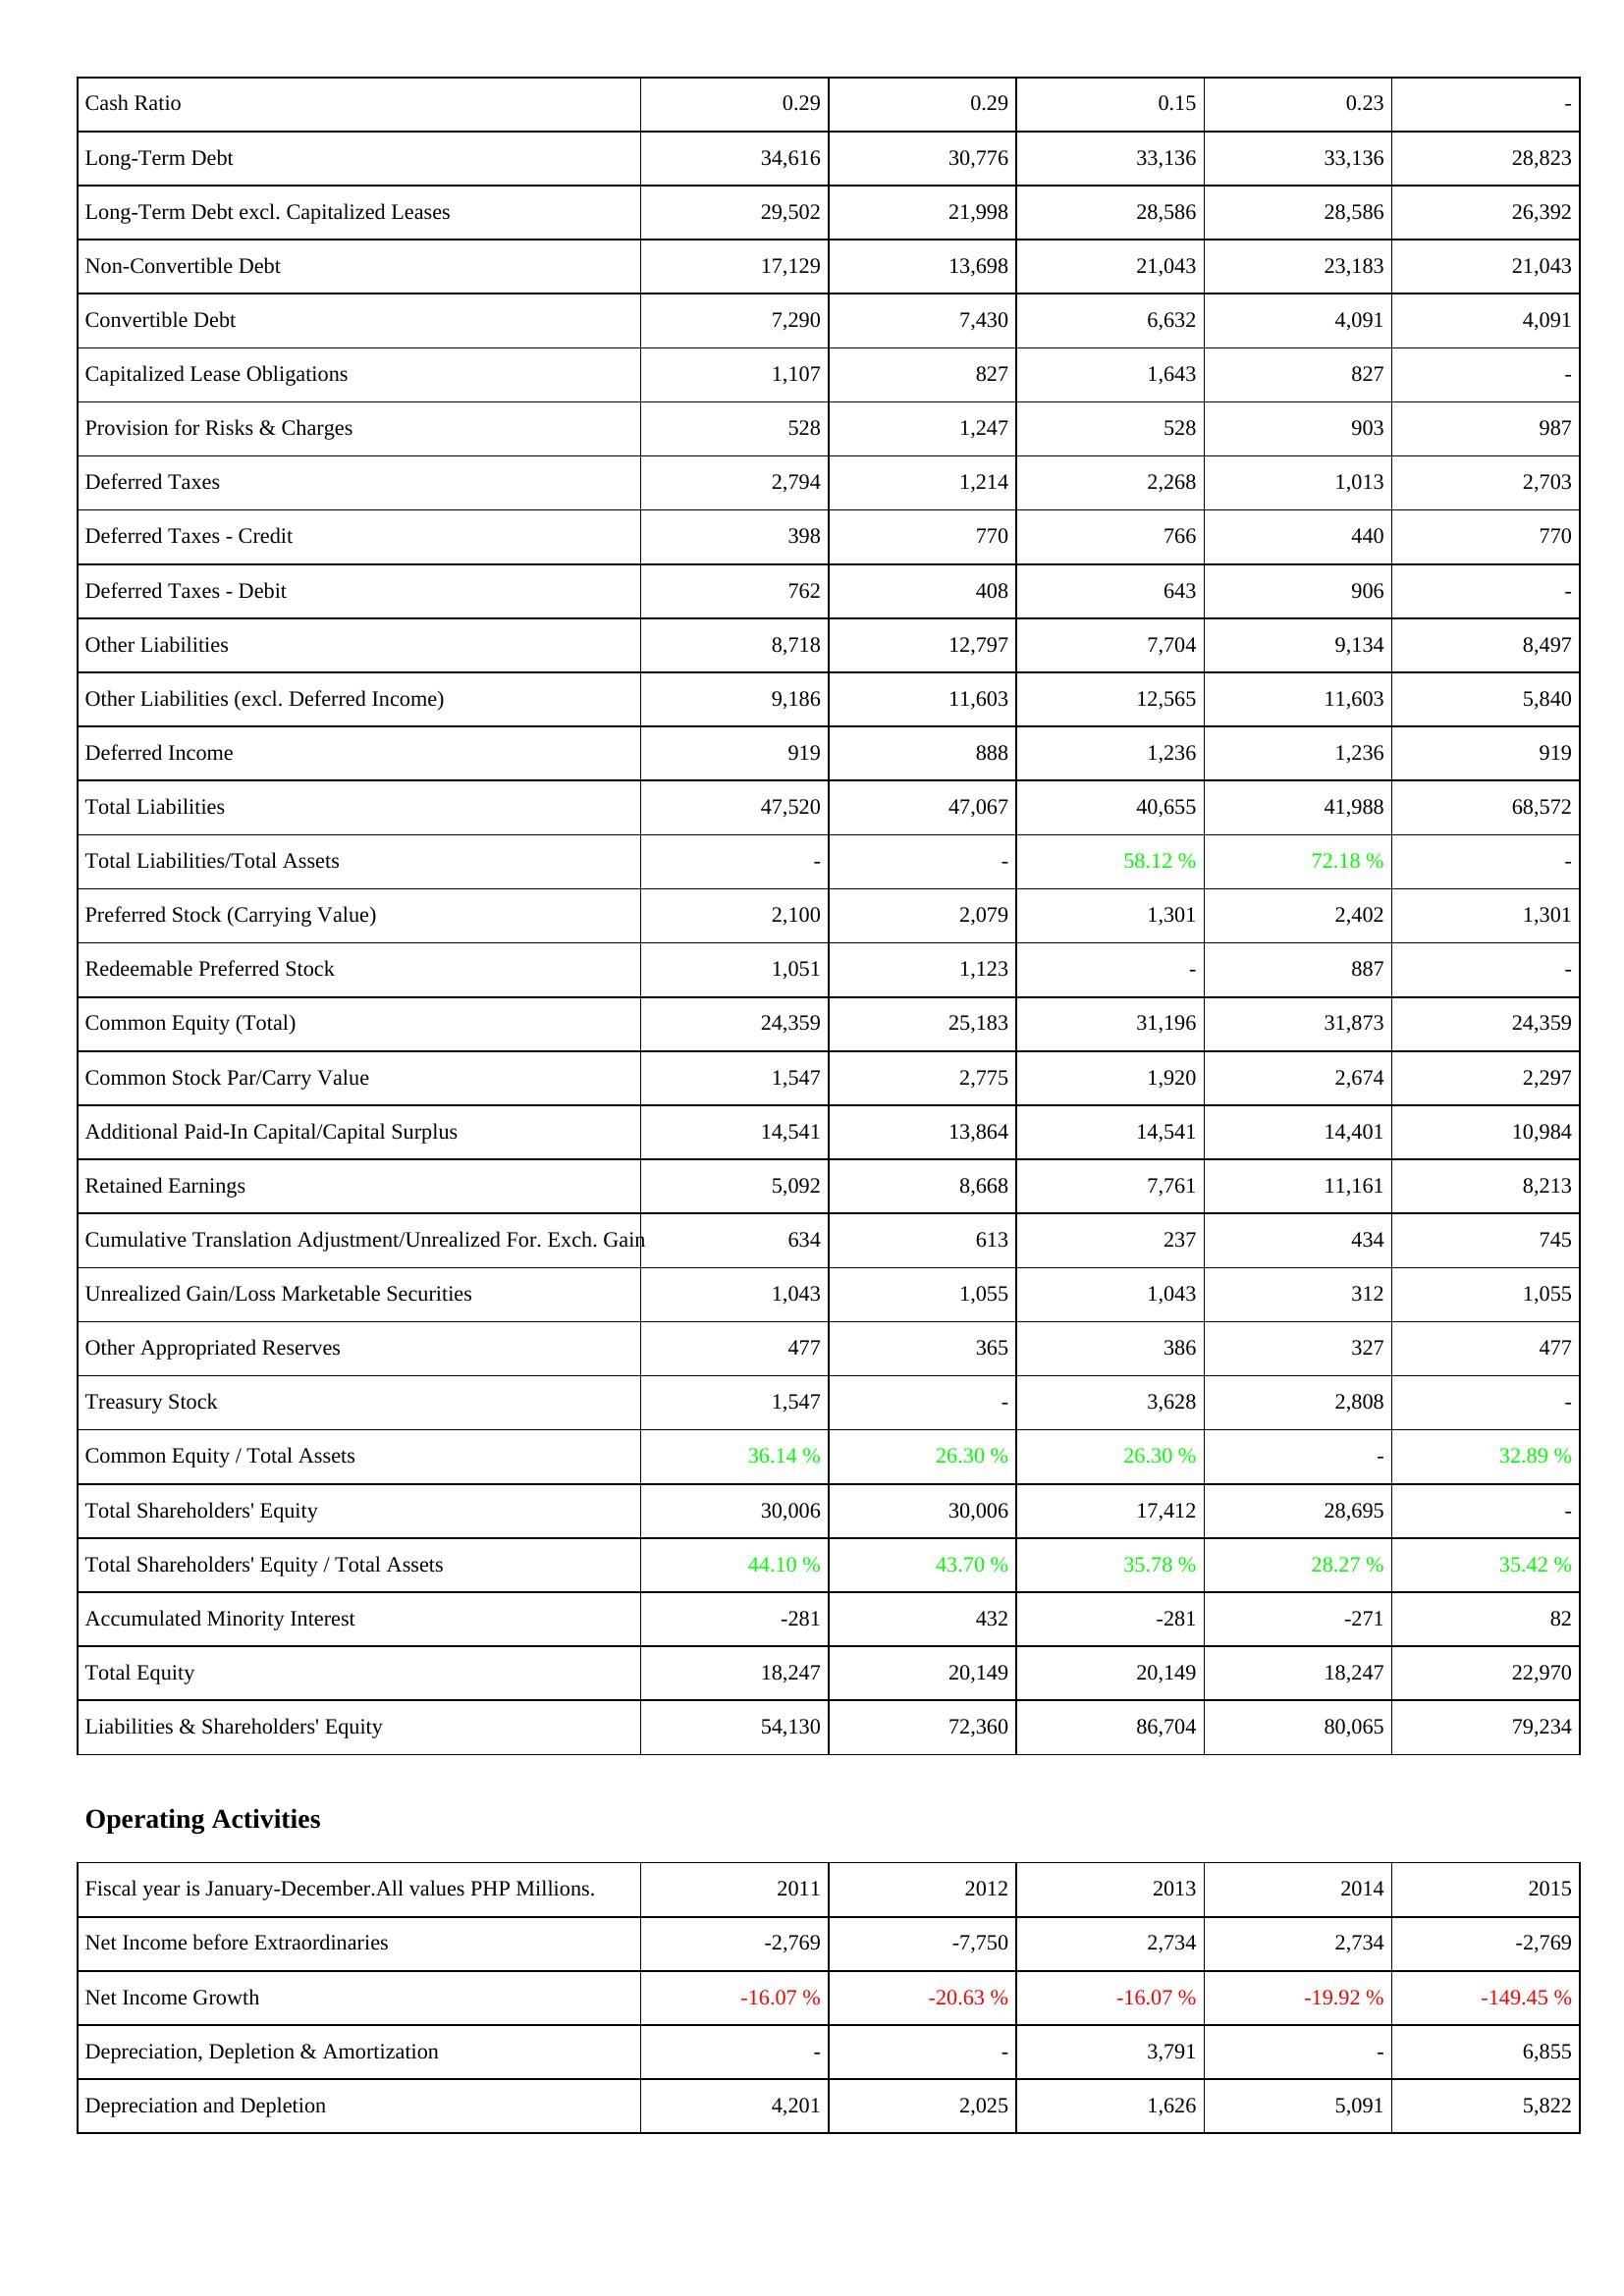
2011: Liabilities & Shareholders' Equity: Cash Ratio: 0.29
Long-Term Debt: 34,616
Long-Term Debt excl. Capitalized Leases: 29,502
Non-Convertible Debt: 17,129
Convertible Debt: 7,290
Capitalized Lease Obligations: 1,107
Provision for Risks & Charges: 528
Deferred Taxes: 2,794
Deferred Taxes - Credit: 398
Deferred Taxes - Debit: 762
Other Liabilities: 8,718
Other Liabilities (excl. Deferred Income): 9,186
Deferred Income: 919
Total Liabilities: 47,520
Total Liabilities/Total Assets: -
Preferred Stock (Carrying Value): 2,100
Redeemable Preferred Stock: 1,051
Common Equity (Total): 24,359
Common Stock Par/Carry Value: 1,547
Additional Paid-In Capital/Capital Surplus: 14,541
Retained Earnings: 5,092
Cumulative Translation Adjustment/Unrealized For. Exch. Gain: 634
Unrealized Gain/Loss Marketable Securities: 1,043
Other Appropriated Reserves: 477
Treasury Stock: 1,547
Common Equity / Total Assets: 36.14 %
Total Shareholders' Equity: 30,006
Total Shareholders' Equity / Total Assets: 44.10 %
Accumulated Minority Interest: -281
Total Equity: 18,247
Liabilities & Shareholders' Equity: 54,130
Operating Activities: Net Income before Extraordinaries: -2,769
Net Income Growth: -16.07 %
Depreciation, Depletion & Amortization: -
Depreciation and Depletion: 4,201
2012: Liabilities & Shareholders' Equity: Cash Ratio: 0.29
Long-Term Debt: 30,776
Long-Term Debt excl. Capitalized Leases: 21,998
Non-Convertible Debt: 13,698
Convertible Debt: 7,430
Capitalized Lease Obligations: 827
Provision for Risks & Charges: 1,247
Deferred Taxes: 1,214
Deferred Taxes - Credit: 770
Deferred Taxes - Debit: 408
Other Liabilities: 12,797
Other Liabilities (excl. Deferred Income): 11,603
Deferred Income: 888
Total Liabilities: 47,067
Total Liabilities/Total Assets: -
Preferred Stock (Carrying Value): 2,079
Redeemable Preferred Stock: 1,123
Common Equity (Total): 25,183
Common Stock Par/Carry Value: 2,775
Additional Paid-In Capital/Capital Surplus: 13,864
Retained Earnings: 8,668
Cumulative Translation Adjustment/Unrealized For. Exch. Gain: 613
Unrealized Gain/Loss Marketable Securities: 1,055
Other Appropriated Reserves: 365
Treasury Stock: -
Common Equity / Total Assets: 26.30 %
Total Shareholders' Equity: 30,006
Total Shareholders' Equity / Total Assets: 43.70 %
Accumulated Minority Interest: 432
Total Equity: 20,149
Liabilities & Shareholders' Equity: 72,360
Operating Activities: Net Income before Extraordinaries: -7,750
Net Income Growth: -20.63 %
Depreciation, Depletion & Amortization: -
Depreciation and Depletion: 2,025
2013: Liabilities & Shareholders' Equity: Cash Ratio: 0.15
Long-Term Debt: 33,136
Long-Term Debt excl. Capitalized Leases: 28,586
Non-Convertible Debt: 21,043
Convertible Debt: 6,632
Capitalized Lease Obligations: 1,643
Provision for Risks & Charges: 528
Deferred Taxes: 2,268
Deferred Taxes - Credit: 766
Deferred Taxes - Debit: 643
Other Liabilities: 7,704
Other Liabilities (excl. Deferred Income): 12,565
Deferred Income: 1,236
Total Liabilities: 40,655
Total Liabilities/Total Assets: 58.12 %
Preferred Stock (Carrying Value): 1,301
Redeemable Preferred Stock: -
Common Equity (Total): 31,196
Common Stock Par/Carry Value: 1,920
Additional Paid-In Capital/Capital Surplus: 14,541
Retained Earnings: 7,761
Cumulative Translation Adjustment/Unrealized For. Exch. Gain: 237
Unrealized Gain/Loss Marketable Securities: 1,043
Other Appropriated Reserves: 386
Treasury Stock: 3,628
Common Equity / Total Assets: 26.30 %
Total Shareholders' Equity: 17,412
Total Shareholders' Equity / Total Assets: 35.78 %
Accumulated Minority Interest: -281
Total Equity: 20,149
Liabilities & Shareholders' Equity: 86,704
Operating Activities: Net Income before Extraordinaries: 2,734
Net Income Growth: -16.07 %
Depreciation, Depletion & Amortization: 3,791
Depreciation and Depletion: 1,626
2014: Liabilities & Shareholders' Equity: Cash Ratio: 0.23
Long-Term Debt: 33,136
Long-Term Debt excl. Capitalized Leases: 28,586
Non-Convertible Debt: 23,183
Convertible Debt: 4,091
Capitalized Lease Obligations: 827
Provision for Risks & Charges: 903
Deferred Taxes: 1,013
Deferred Taxes - Credit: 440
Deferred Taxes - Debit: 906
Other Liabilities: 9,134
Other Liabilities (excl. Deferred Income): 11,603
Deferred Income: 1,236
Total Liabilities: 41,988
Total Liabilities/Total Assets: 72.18 %
Preferred Stock (Carrying Value): 2,402
Redeemable Preferred Stock: 887
Common Equity (Total): 31,873
Common Stock Par/Carry Value: 2,674
Additional Paid-In Capital/Capital Surplus: 14,401
Retained Earnings: 11,161
Cumulative Translation Adjustment/Unrealized For. Exch. Gain: 434
Unrealized Gain/Loss Marketable Securities: 312
Other Appropriated Reserves: 327
Treasury Stock: 2,808
Common Equity / Total Assets: -
Total Shareholders' Equity: 28,695
Total Shareholders' Equity / Total Assets: 28.27 %
Accumulated Minority Interest: -271
Total Equity: 18,247
Liabilities & Shareholders' Equity: 80,065
Operating Activities: Net Income before Extraordinaries: 2,734
Net Income Growth: -19.92 %
Depreciation, Depletion & Amortization: -
Depreciation and Depletion: 5,091
2015: Liabilities & Shareholders' Equity: Cash Ratio: -
Long-Term Debt: 28,823
Long-Term Debt excl. Capitalized Leases: 26,392
Non-Convertible Debt: 21,043
Convertible Debt: 4,091
Capitalized Lease Obligations: -
Provision for Risks & Charges: 987
Deferred Taxes: 2,703
Deferred Taxes - Credit: 770
Deferred Taxes - Debit: -
Other Liabilities: 8,497
Other Liabilities (excl. Deferred Income): 5,840
Deferred Income: 919
Total Liabilities: 68,572
Total Liabilities/Total Assets: -
Preferred Stock (Carrying Value): 1,301
Redeemable Preferred Stock: -
Common Equity (Total): 24,359
Common Stock Par/Carry Value: 2,297
Additional Paid-In Capital/Capital Surplus: 10,984
Retained Earnings: 8,213
Cumulative Translation Adjustment/Unrealized For. Exch. Gain: 745
Unrealized Gain/Loss Marketable Securities: 1,055
Other Appropriated Reserves: 477
Treasury Stock: -
Common Equity / Total Assets: 32.89 %
Total Shareholders' Equity: -
Total Shareholders' Equity / Total Assets: 35.42 %
Accumulated Minority Interest: 82
Total Equity: 22,970
Liabilities & Shareholders' Equity: 79,234
Operating Activities: Net Income before Extraordinaries: -2,769
Net Income Growth: -149.45 %
Depreciation, Depletion & Amortization: 6,855
Depreciation and Depletion: 5,822